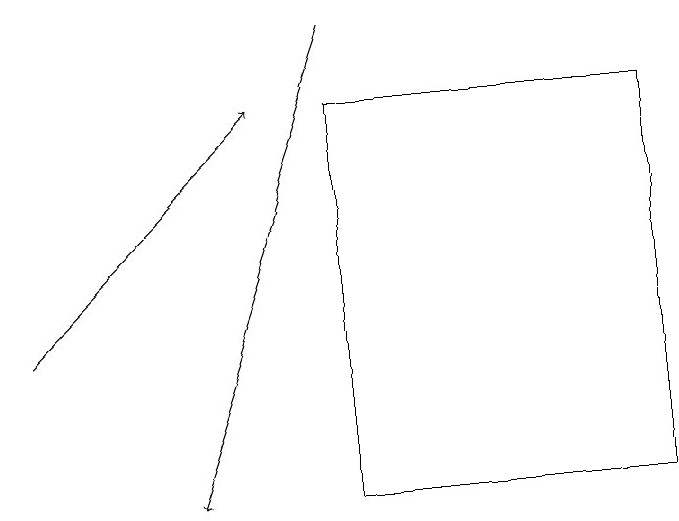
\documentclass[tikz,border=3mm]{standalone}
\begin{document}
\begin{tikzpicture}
\draw[->] (4,19) -- (2,13);
\draw[->] (0,15) -- (3,18);
\draw (4,18) rectangle (8,13);
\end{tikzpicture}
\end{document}